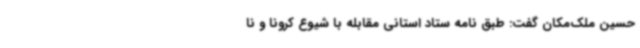
حسین ملک‌مکان گفت: طبق نامه ستاد استانی مقابله با شیوع کرونا و نا